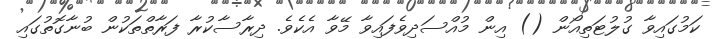
ކަމުގައިވާ ގުލުޓަތިއޯން () އިން މުއްސަދިވެފައިވާ މޭވާ އެކެވެ. ދިރާސާކުރާ ފަރާތްތަކުން ބުނާގޮތުގައި